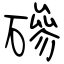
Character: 磣